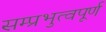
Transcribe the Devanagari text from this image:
सम्प्रभुत्वपूर्ण